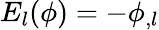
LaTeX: E_{l}(\phi)=-\phi_{,l}